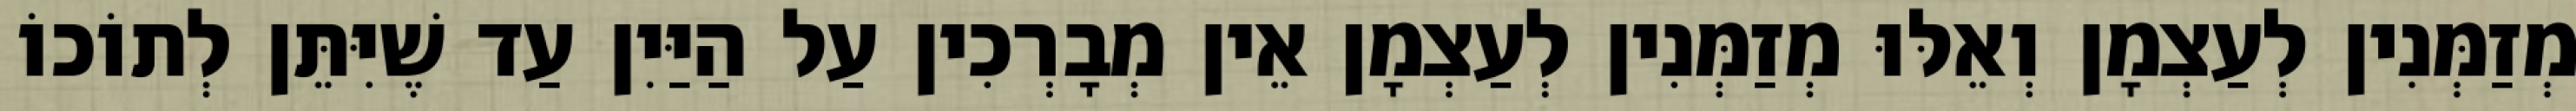
מְזַמְּנִין לְעַצְמָן וְאֵלּוּ מְזַמְּנִין לְעַצְמָן אֵין מְבָרְכִין עַל הַיַּיִן עַד שֶׁיִּתֵּן לְתוֹכוֹ